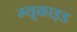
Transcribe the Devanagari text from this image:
म्यूकाइड